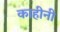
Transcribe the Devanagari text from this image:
काहीनी